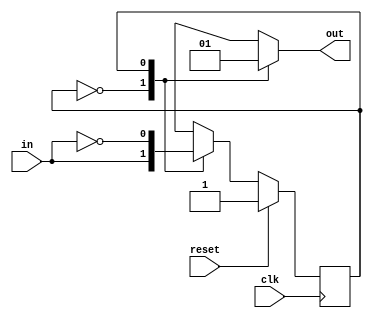
module parity(clk, in, reset, out);

   input clk, in, reset;
   output out;

   reg 	  out;
   reg 	  state;

   localparam zero=0, one=1;

   always @(posedge clk)
     begin
	if (reset)
	  state <= 1;
	else
	  case (state)
	    0 :
		begin
		    state <= in;
	        end
	    1 :
		begin
		    state <= ~in;
	        end
	    default :
		begin
		    state <= 1;
		end
	  endcase
     end

   always @(state) 
     begin
	case (state)
	    0 :
		begin
		    out <= 0;
	        end
	    1 :
		begin
		    out <= 1;
	        end
	    default :
		begin
		    out <= 1;
		end
	endcase
     end

endmodule